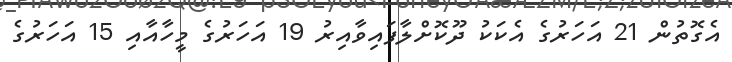
އެގޮތުން 21 އަހަރުގެ އެކަކު ދޫކޮށްލާފައިވާއިރު 19 އަހަރުގެ މީހާއާއި 15 އަހަރުގެ